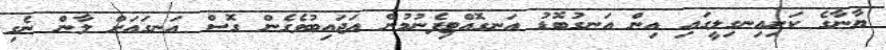
ޔާނާގެ ކަށިއިނގިލީގައި އިން އަނގުބޮޑު އަނގޮއްޓިފެނުމުން އަޖައިބުވެގެން ގޮސް އަނގައަށް ލާން ނެގި